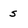
Character: s